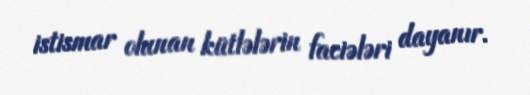
istismar olunan kütlələrin faciələri dayanır.